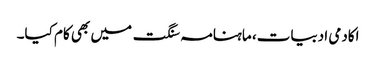
اکادمی ادبیات، ماہنامہ سنگت میں بھی کام کیا۔